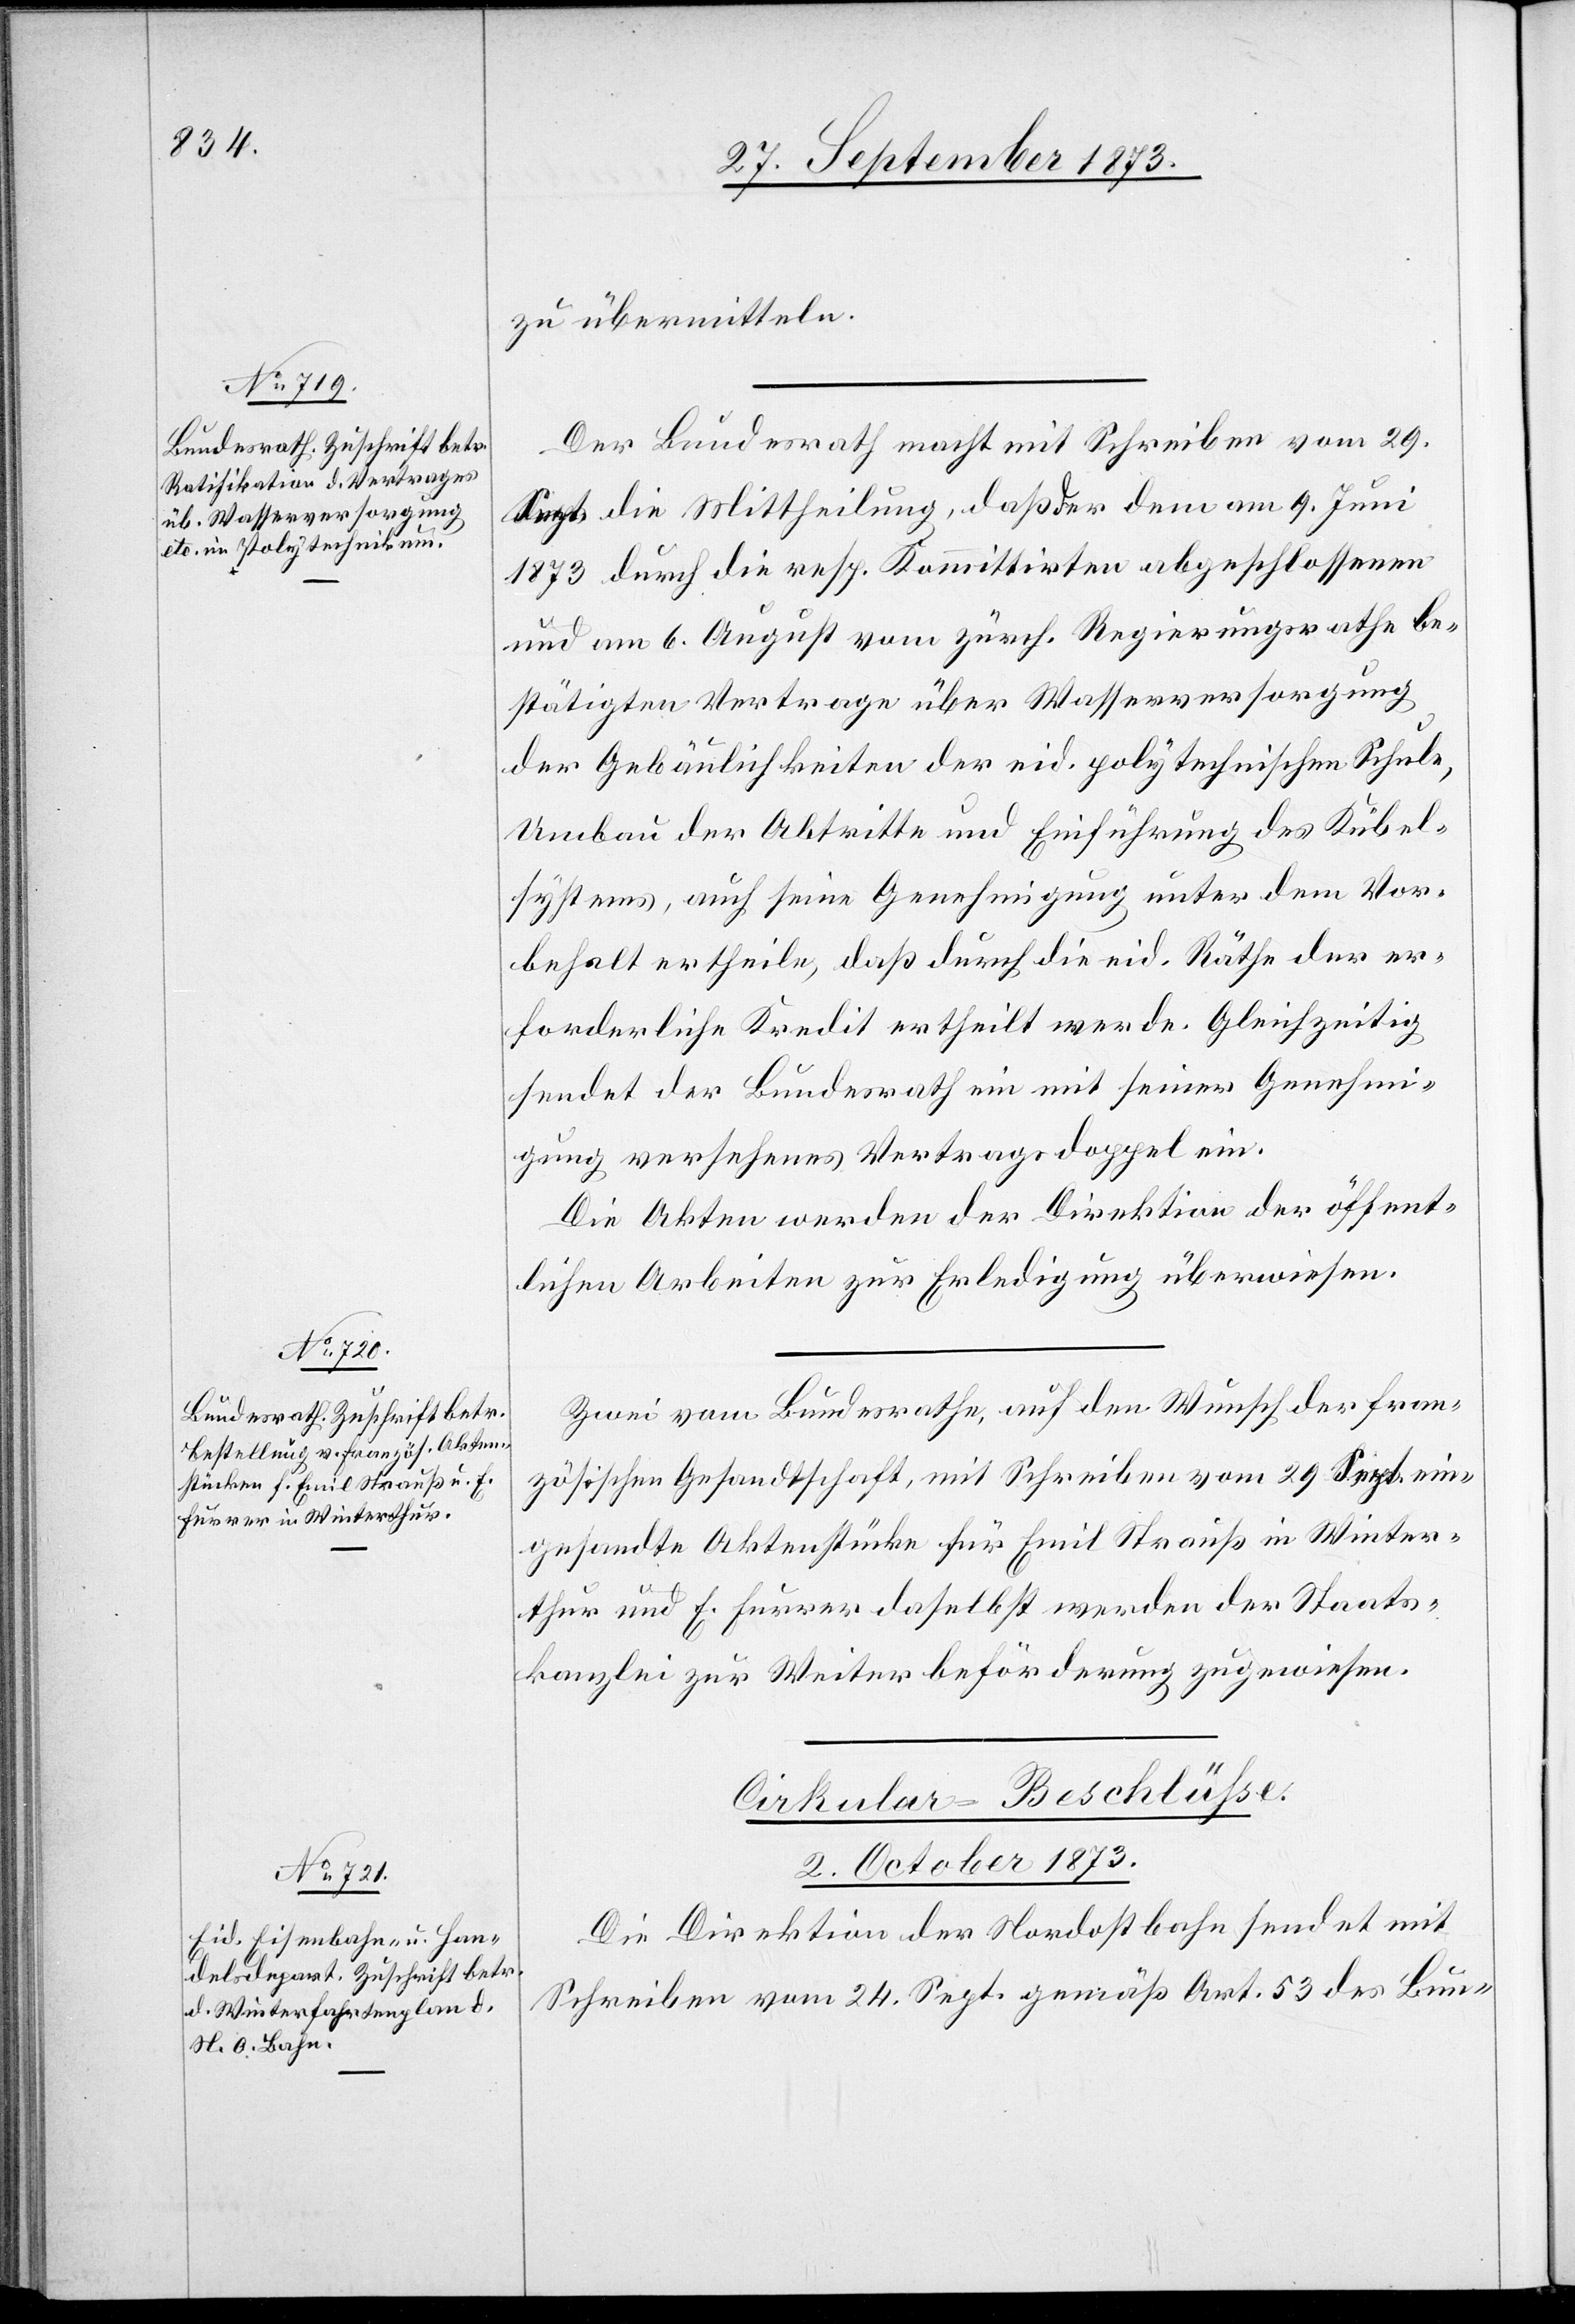
zu übermitteln.
Der Bundesrath macht mit Schreiben vom 29.
Sept. die Mittheilung, daß der [sic!] dem am 9. Juni
1873 durch die resp. Kommittirten abgeschlossenen
und am 6. August vom zürch. Regierungsrath be¬
stätigten Vertrage über Wasserversorgung
der Gebäulichkeiten der eid. polytechnischen Schule,
Umbau der Abtritte und Einführung des Kübel¬
systems, auch seine Genehmigung unter dem Vor¬
behalt ertheile, daß durch die eid. Räthe der er¬
forderliche Kredit ertheilt werde. Gleichzeitig
sendet der Bundesrath ein mit seiner Genehmi¬
gung versehenes Vertragsdoppel ein.
Die Akten werden der Direktion der öffent¬
lichen Arbeiten zur Erledigung überwiesen.
Zwei vom Bundesrathe, auf den Wunsch der fran¬
zösischen Gesandtschaft, mit Schreiben vom 29. Sept. ein¬
gesandte Aktenstücke für Emil Strauß in Winter¬
thur und E. Furrer daselbst werden der Staats¬
kanzlei zur Weiterbeförderung zugewiesen.
Cirkular-Beschlüsse.
2. October 1873.
Die Direktion der Nordostbahn sendet mit
Schreiben vom 24. Sept. gemäß Art. 53 des Bun-